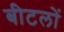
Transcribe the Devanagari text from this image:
बीटलों